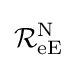
{\mathcal {R}}_{\text{eE}}^{\text{N}}